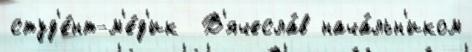
студ'е́нт-м'е́д'ик  В'ячесла́в нача́льн'иком